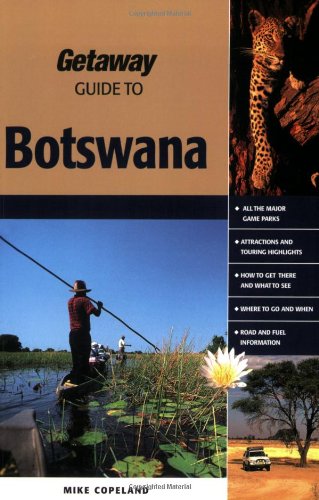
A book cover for Getaway Guide to Botswana: Where Time Stands Still; Mike Copeland; Travel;